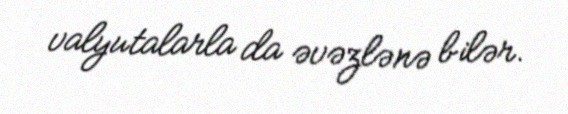
valyutalarla da əvəzlənə bilər.